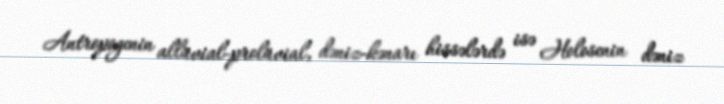
Antropogenin allüvial-prolüvial, dəniz-kənarı hissələrdə isə Holosenin dəniz